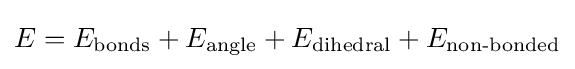
E=E_{\text{bonds}}+E_{\text{angle}}+E_{\text{dihedral}}+E_{\text{non-bonded}}